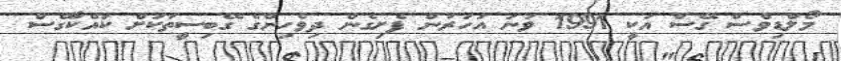
މޯލްޑިވްސް ގޭސް އަކީ 1991 ވަނަ އަހަރުން ފެށިގެން ދިވެހިންގެ ގޭބިސީތަކަށް ކައްކާގޭސް